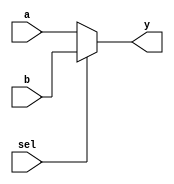
module mux2 #(parameter N = 8)
             (input[N-1:0] a, b, 
              input sel, 
              output[N-1:0] y);

assign y = sel ? b : a; 

endmodule